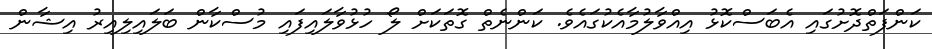
ކަންފަތްދޮށުގައި އެބަސްކޮޅު އިއްވާލުމާއެކުގައެވެ. ކަންނެތް ގޮތަކަށް ލޯ ހުޅުވާލައިފައި މުސްކާން ބަލައިލިއިރު އިޝާން